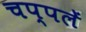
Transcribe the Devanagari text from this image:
चप्‍पलें